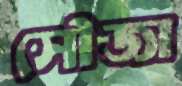
সৌজা